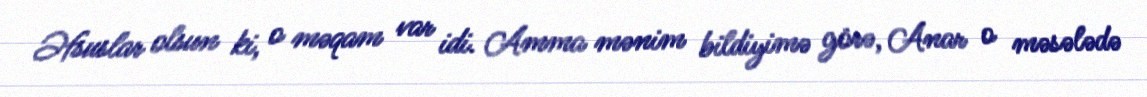
Əfsuslar olsun ki, o məqam var idi. Amma mənim bildiyimə görə, Anar o məsələdə